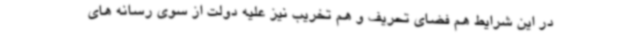
در این شرایط هم فضای تحریف و هم تخریب نیز علیه دولت از سوی رسانه های